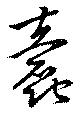
蠧